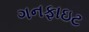
ગનફાઇટ